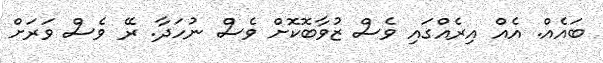
ބައެއް. އެއް އިރެއްގައި ވެސް ޒުވާބޮކޮށް ވެސް ނުހަދާ. ރޭ ވެސް ވަރަށް